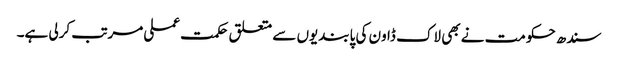
سندھ حکومت نے بھی لاک ڈاون کی پابندیوں سے متعلق حکمت عملی مرتب کرلی ہے۔